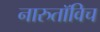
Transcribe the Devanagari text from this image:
नारुतॉविच